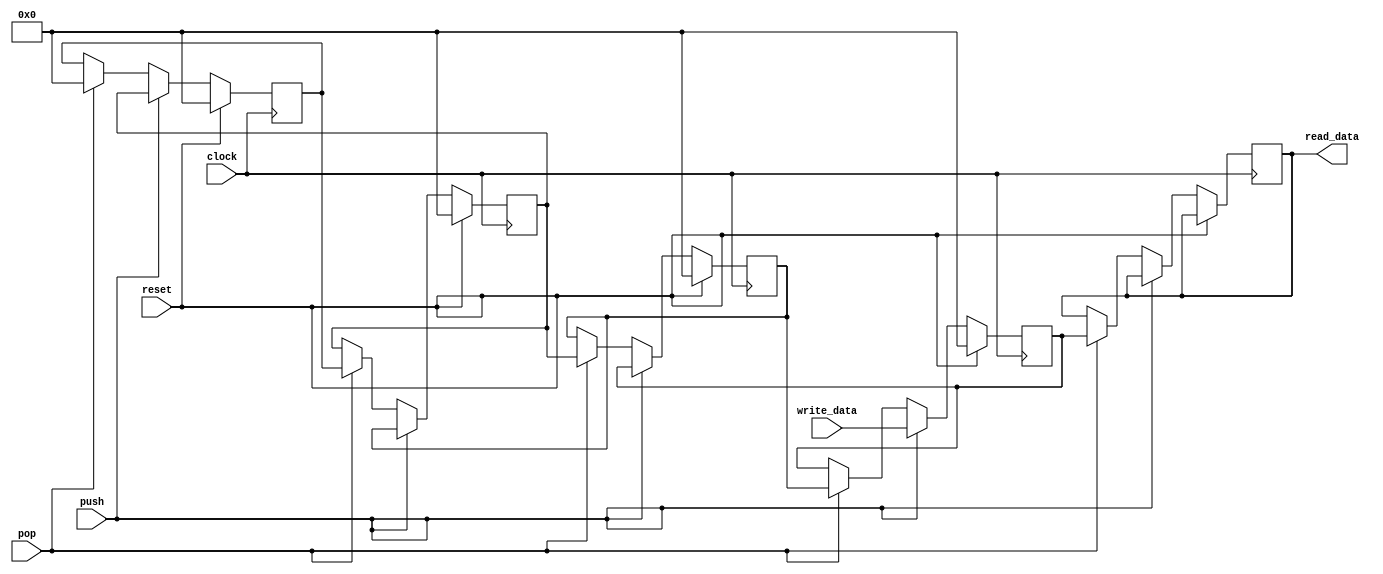
// This program was cloned from: https://github.com/RomeoMe5/DDLM
// License: MIT License

module lab7_6

#(parameter DATA_WIDTH=8, parameter STACK_SIZE=4)

(
    input  clock,
    input  reset,
    input  push,
    input  pop,

    input  [DATA_WIDTH - 1:0] write_data,
    output reg [DATA_WIDTH - 1:0] read_data
);

    reg [DATA_WIDTH - 1:0] stack [0:STACK_SIZE - 1];
	
	// invert clk button
    wire w_clk = ~ clock;

    integer i;

    always @(posedge w_clk)
    begin
        if (reset)
        begin
            for (i = 0; i < STACK_SIZE; i = i + 1)
                stack [i] <= 0;
        end
        else if (push)
        begin
            for (i = 0; i < STACK_SIZE - 1; i = i + 1)
				    stack [i + 1] <= stack [i];

            stack [0] <= write_data;
        end
        else if (pop)
        begin
            for (i = 0; i < STACK_SIZE - 1; i = i + 1)
                stack [i] <= stack [i + 1];

            stack [STACK_SIZE - 1] <= 0;
	    read_data <= stack [0];
        end
    end

endmodule